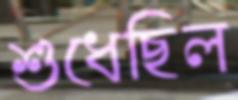
শুধেছিল